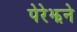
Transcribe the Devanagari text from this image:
पेरेझने